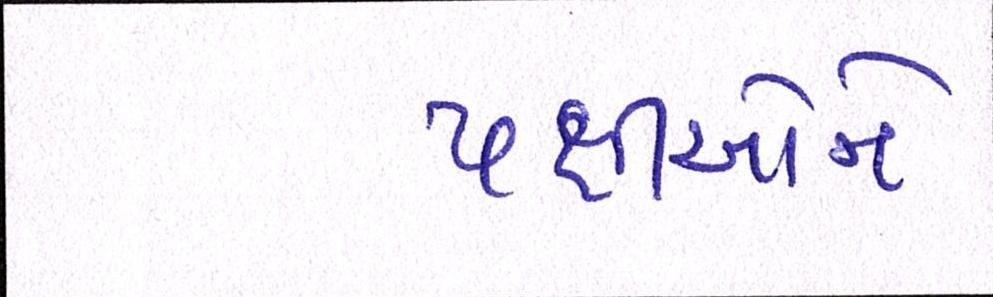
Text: પક્ષીઓને